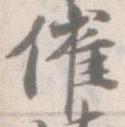
催